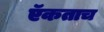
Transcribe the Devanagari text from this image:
ऍकताच